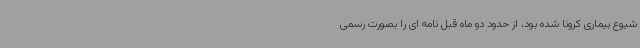
شیوع بیماری کرونا شده بود، از حدود دو ماه قبل نامه ای را بصورت رسمی